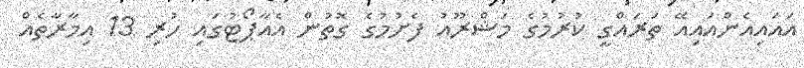
އައައިއެންއައިއޭ ތަރައްގީ ކުރުމުގެ މަޝްރޫއު ފެށުމުގެ ގޮތުން އެއާޕޯޓުގައި ހުރި 13 އިމާރާތެއް